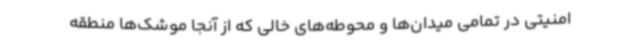
امنیتی در تمامی میدان‌ها و محوطه‌های خالی که از آنجا موشک‌ها منطقه